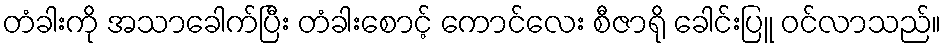
တံခါးကို အသာခေါက်ပြီး တံခါးစောင့် ကောင်လေး စီဇာရို ခေါင်းပြူ ဝင်လာသည်။